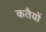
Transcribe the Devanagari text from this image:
कतैयों